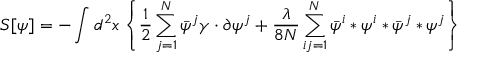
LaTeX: S [ \psi ] = - \int d ^ { 2 } x \left\{ \frac { 1 } { 2 } \sum _ { j = 1 } ^ { N } \bar { \psi } ^ { j } \gamma \cdot \partial \psi ^ { j } + \frac { \lambda } { 8 N } \sum _ { i j = 1 } ^ { N } \bar { \psi } ^ { i } * \psi ^ { i } * \bar { \psi } ^ { j } * \psi ^ { j } \right\}